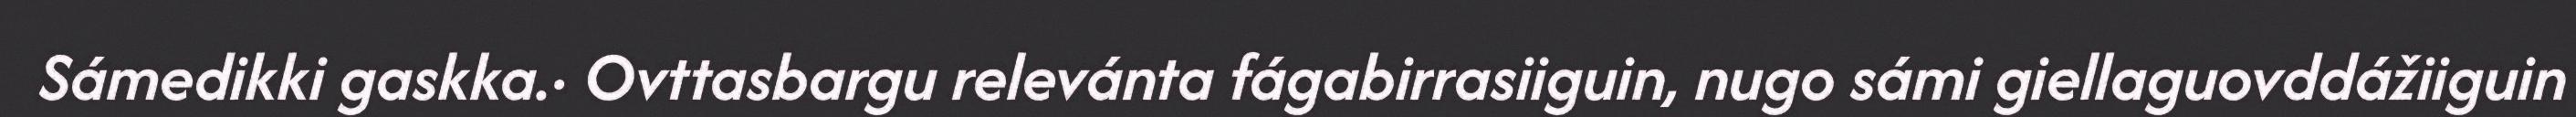
Sámedikki gaskka.· Ovttasbargu relevánta fágabirrasiiguin, nugo sámi giellaguovddážiiguin